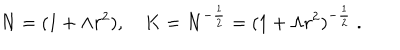
N = ( 1 + \Lambda r ^ { 2 } ) , \quad K = N ^ { - \frac { 1 } { 2 } } = ( 1 + \Lambda r ^ { 2 } ) ^ { - \frac { 1 } { 2 } } \ .